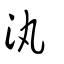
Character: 汍